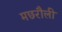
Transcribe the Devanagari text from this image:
मछरौली